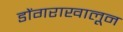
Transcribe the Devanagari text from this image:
डोंगराखालून